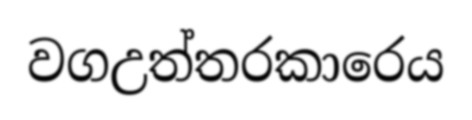
වගඋත්තරකාරෙය